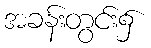
အခန်းတွင်း၌